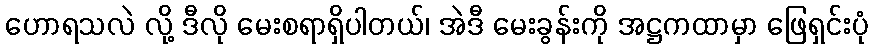
ဟောရသလဲ လို့ ဒီလို မေးစရာရှိပါတယ်၊ အဲဒီ မေးခွန်းကို အဋ္ဌကထာမှာ ဖြေရှင်းပုံ